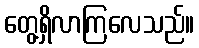
တွေ့ရှိလာကြလေသည်။